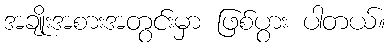
အချိုးအစားအတွင်းမှာ ဖြစ်ပွား ပါတယ်။